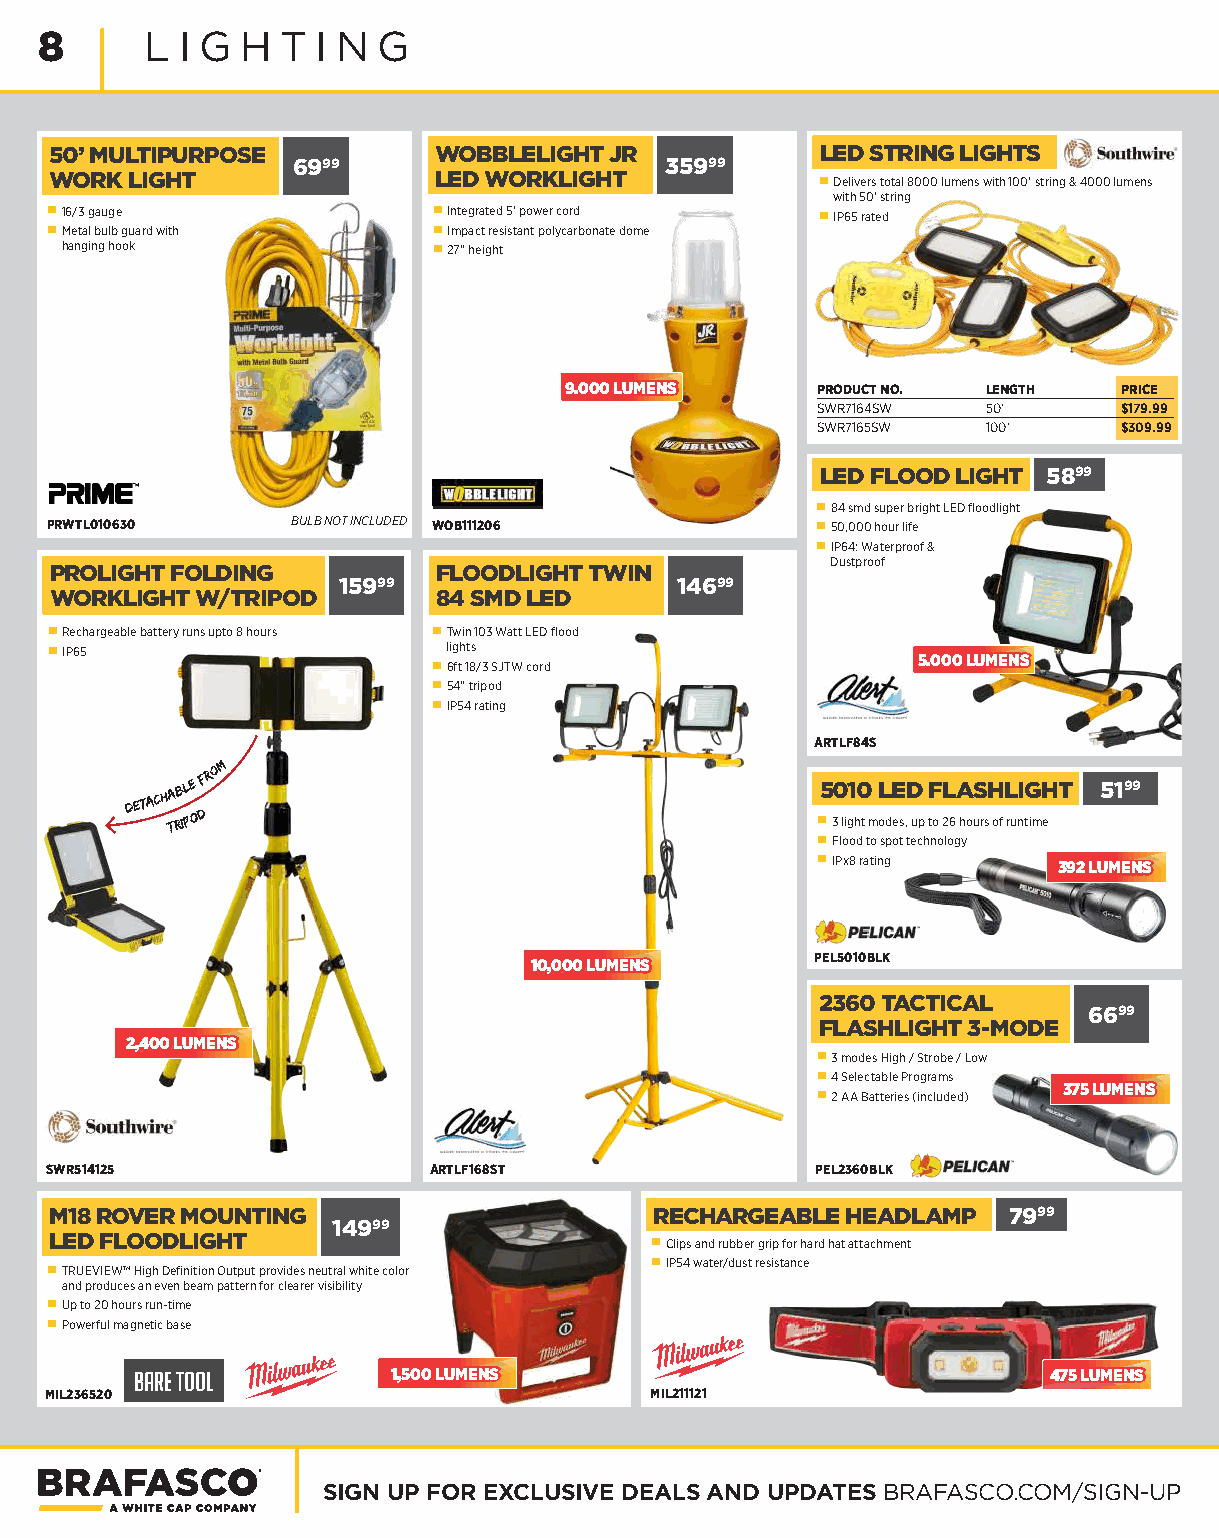
8      L I G H  T I N G
 50’ MULTIPURPOSE          WOBBLELIGHT JR           LED STRING LIGHTS
 6999                     35999
 WORK  LIGHT               LED WORKLIGHT            ■ Delivers total 8000 lumens with 100’ string & 4000 lumens
 with 50’ string
 ■ 16/3 gauge              ■ Integrated 5’ power cord ■ IP65 rated
 ■ Metal bulb guard with   ■ Impact resistant polycarbonate dome
 hanging hook             ■ 27” height
 99..000000 LLUUMMEENNSS PRODUCT NO. LENGTH PRICE
 SWR7164SW  50’      $179.99
 SWR7165SW  100’     $309.99
 LED FLOOD LIGHT 5899
 ■ 84 smd super bright LED floodlight
 PRWTL010630     BULB NOT INCLUDED WOB111206        ■ 50,000 hour life
 ■ IP64: Waterproof &
 Dustproof
 PROLIGHT FOLDING          FLOODLIGHT TWIN
 15999                  14699
 WORKLIGHT W/TRIPOD        84 SMD LED
 ■ Rechargeable battery runs upto 8 hours ■ Twin 103 Watt LED flood
 ■ IP65                     lights
 ■ 6ft 18/3 SJTW cord            55..000000 LLUUMMEENNSS
 ■ 54” tripod
 ■ IP54 rating
 ARTLF84S
 DETACH TA RB IL PE
 O
 DFROM
 ■5 30 lig1 h0
 t m
 L odE es,D
 up
 tF
 o
 2L
 6
 A houS rsH
 of
 L ruI nG timH
 e
 T  5199
 ■ Flood to spot technology
 ■ IPx8 rating
 339922 LLUUMMEENNSS
 PEL5010BLK
 1100,,000000 LLUUMMEENNSS
 2360 TACTICAL
 6699
 FLASHLIGHT 3-MODE
 22,,440000 LLUUMMEENNSS
 ■ 3 modes High / Strobe / Low
 ■ 4 Selectable Programs
 337755 LLUUMMEENNSS
 ■ 2 AA Batteries (included)
 SWR514125                ARTLF168ST                PEL2360BLK
 M18 ROVER MOUNTING                      RECHARGEABLE HEADLAMP   7999
 14999
 LED FLOODLIGHT                          ■ Clips and rubber grip for hard hat attachment
 ■ TRUEVIEW™ High Definition Output provides neutral white color ■ IP54 water/dust resistance
 and produces an even beam pattern for clearer visibility
 ■ Up to 20 hours run-time
 ■ Powerful magnetic base
 bare tool        11,,550000 LLUUMMEENNSS                     447755 LLUUMMEENNSS
 MIL236520                               MIL211121
 SIGN UP FOR EXCLUSIVE DEALS AND UPDATES BRAFASCO.COM/SIGN-UP